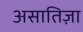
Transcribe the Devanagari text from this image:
असातिज़ा